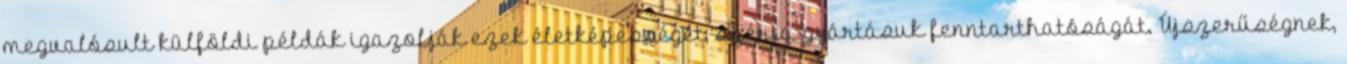
megvalósult külföldi példák igazolják ezek életképességét, széria-gyártásuk fenntarthatóságát. Újszerűségnek,